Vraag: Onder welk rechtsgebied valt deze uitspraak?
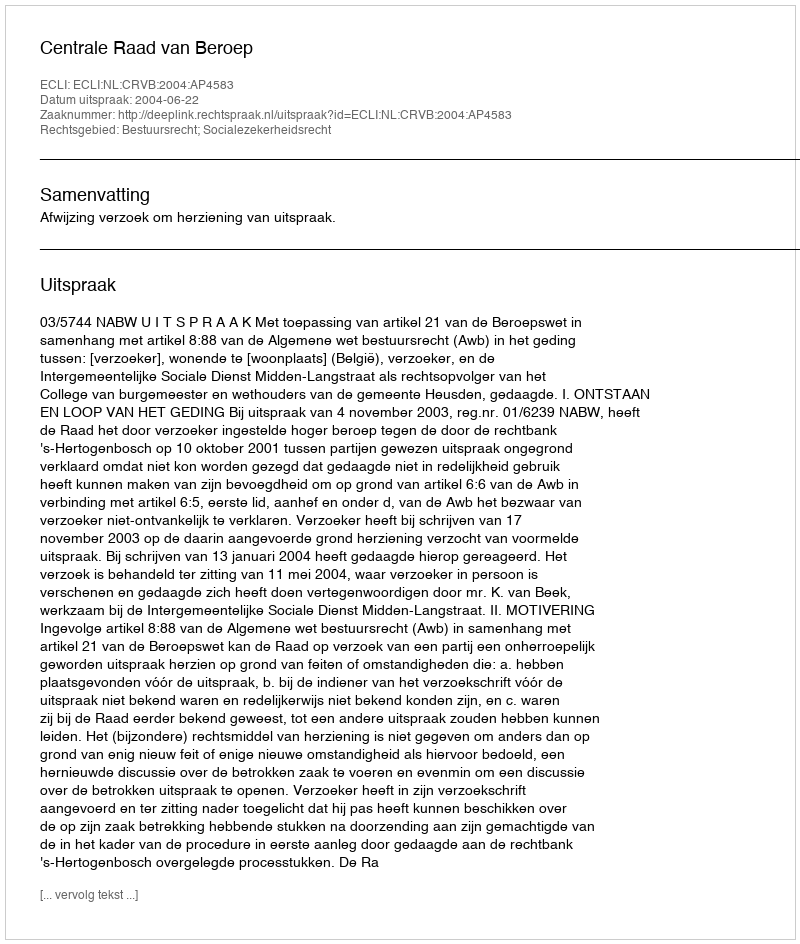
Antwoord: Bestuursrecht; Socialezekerheidsrecht